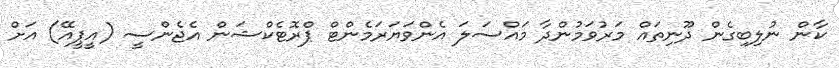
ކާން ނުލިބިގެން ދޫނިތައް މަރުވަމުންދާ މައްސަލަ އެންވަޔަރަމެންޓް ޕްރޮޓެކްޝަން އެޖެންސީ (އީޕީއޭ) އަށް